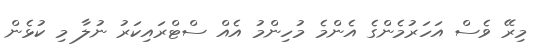
މިރޭ ވެސް އަހަރުމެންގެ އެންމެ މުހިންމު އެއް ސްޓްރައިކަރު ނުލާ މި ކުޅެން